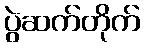
ပွဲဆက်တိုက်